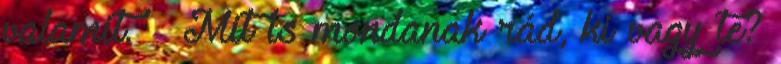
valamit. – Mit is mondanak rád, ki vagy te?